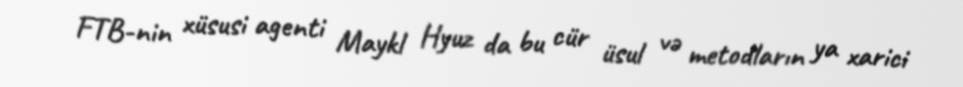
FTB-nin xüsusi agenti Maykl Hyuz da bu cür üsul və metodların ya xarici